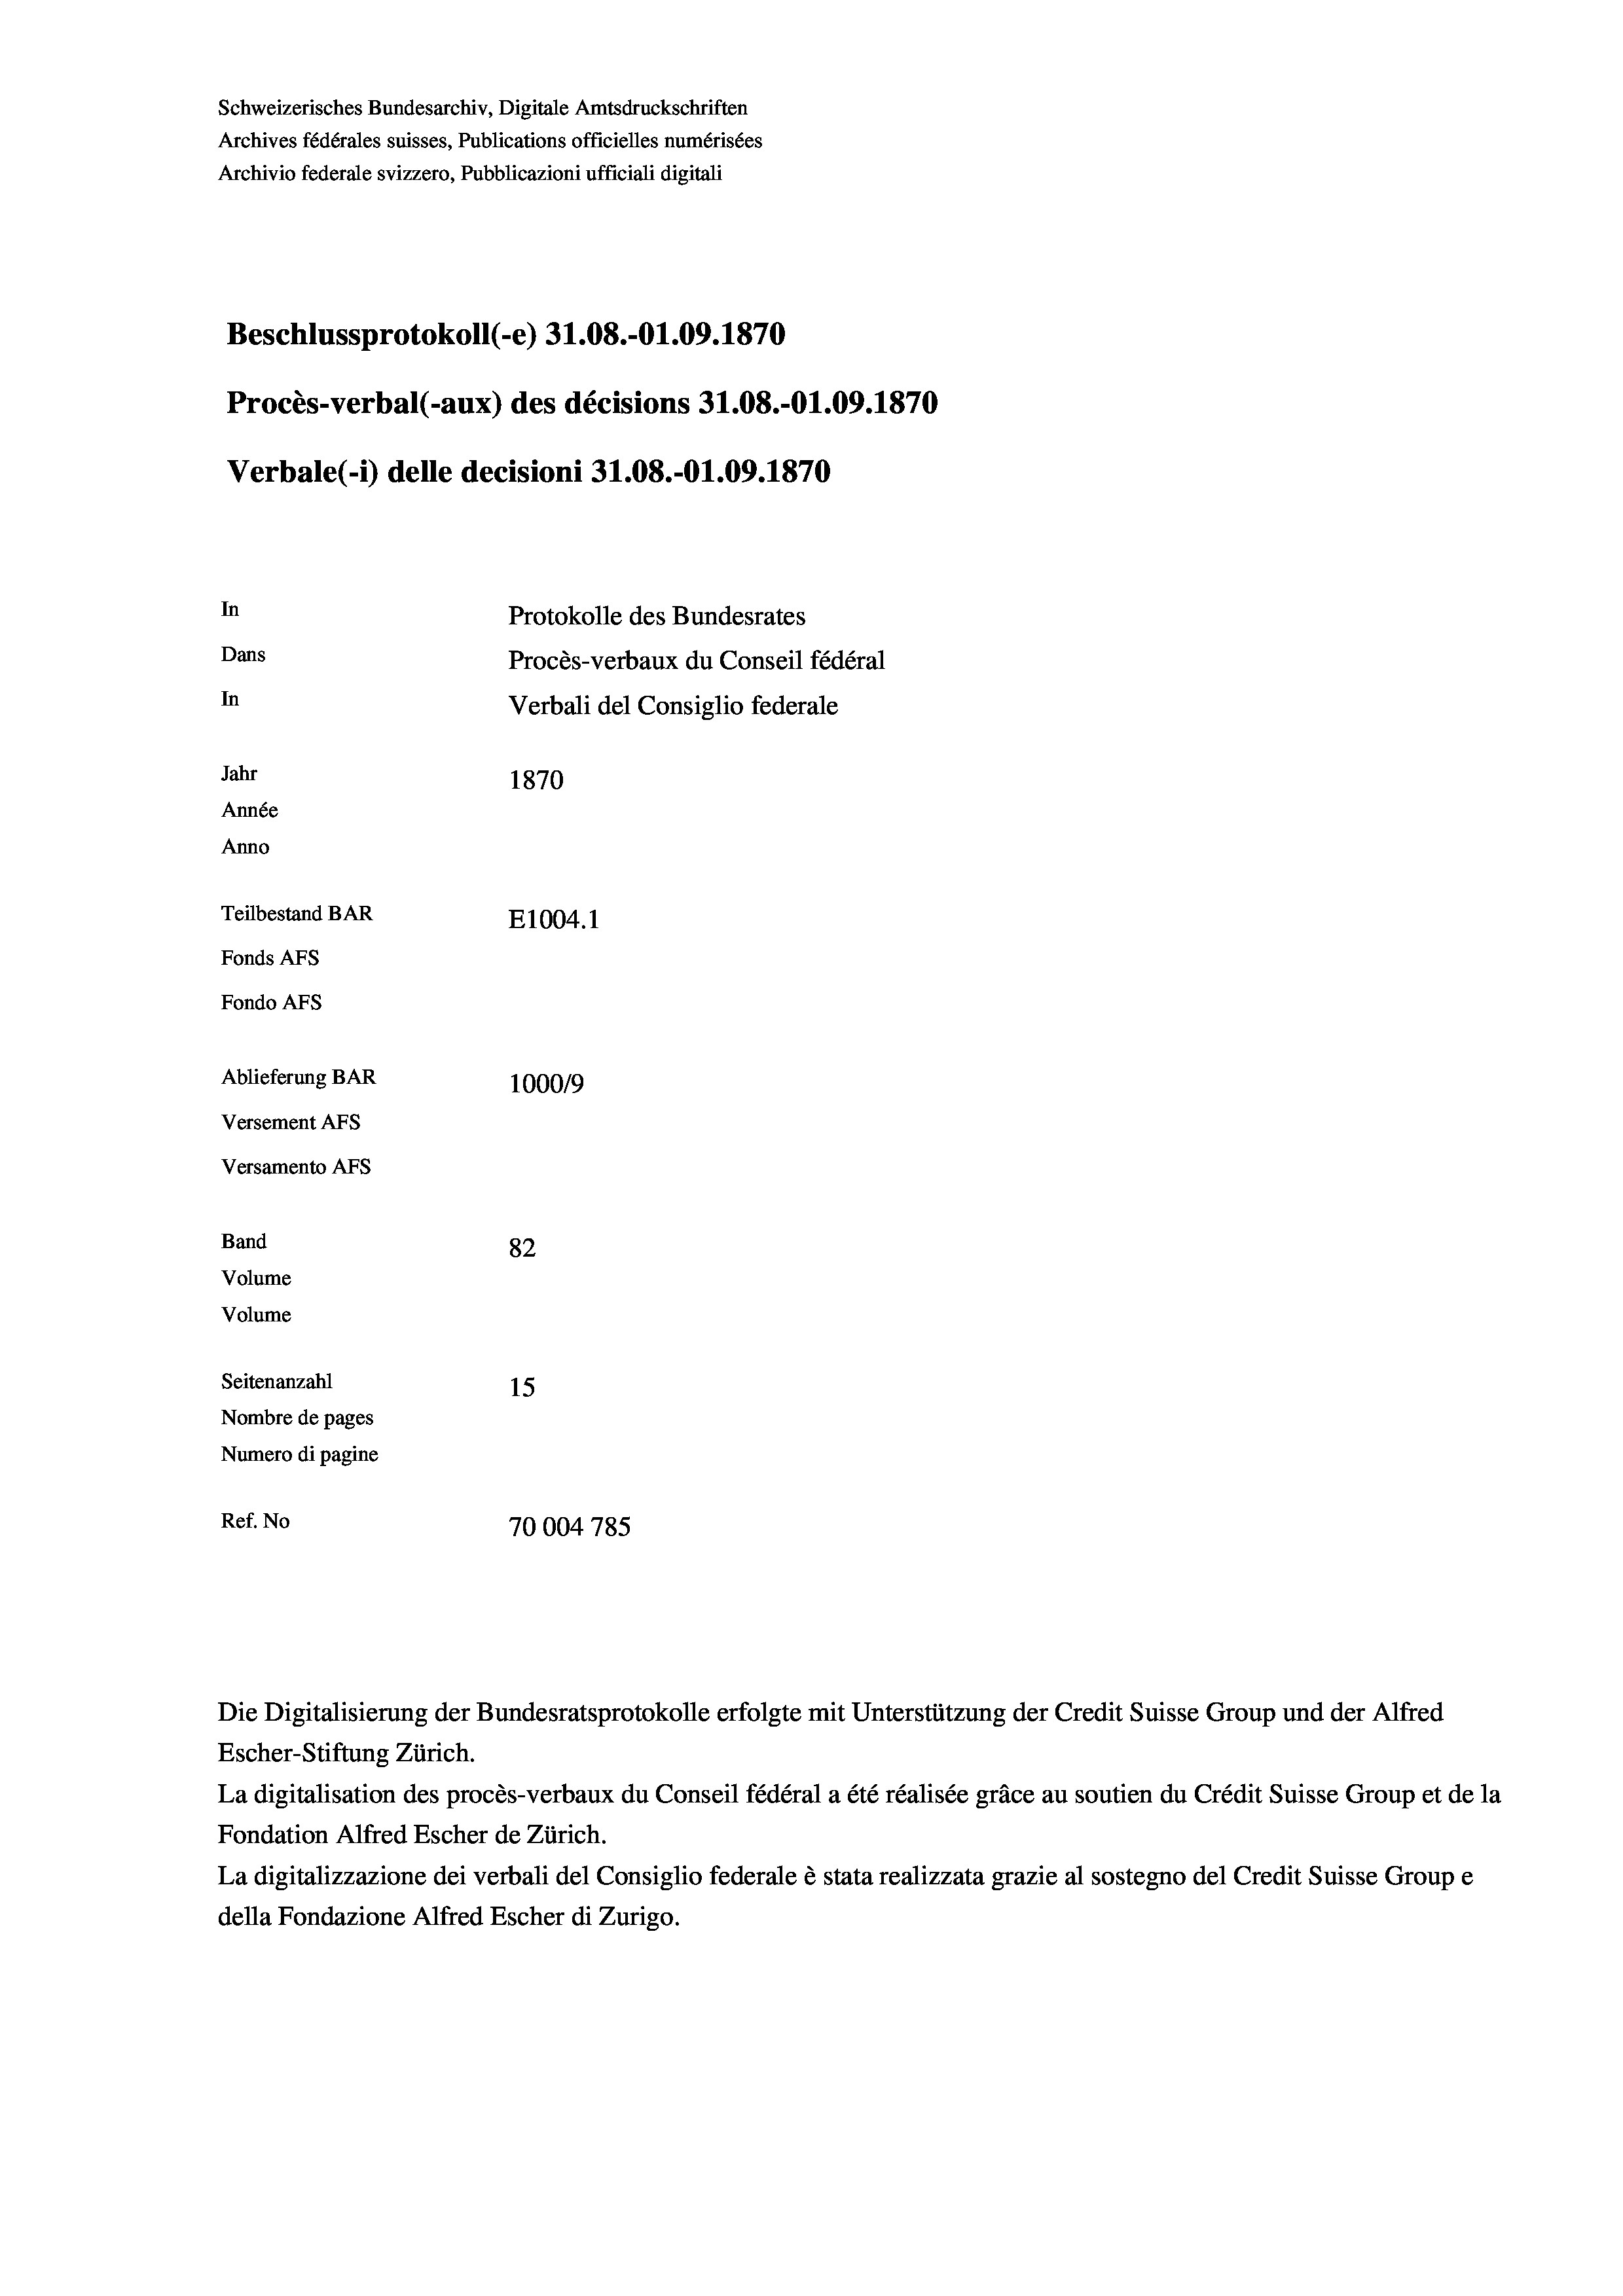
Schweizerisches Bundesarchiv, Digitale Amtsdruckschriften
Archives fédérales suisses, Publications officielles numérisées
Archivio federale svizzero, Pubblicazioni ufficiali digitali
Beschlussprotokoll (-e) 31.08.-O1.09. 1870
Procès-verbal (-aux) des décisions 31.08.-O1.09. 1870
Verbale(-*) delle decisioni 31.08.-O1.09. 1870
In
Protokolle des Bundesrates
Dans
Procès-verbaux du Conseil fédéral
In
Verbali del Consiglio federale
Jahr
1870
Année
Anno
Teilbestand BAR
E1004. 1
Fonds AFs
Fondo AFS
Ablieferung BAR
100019
Versement AFs
Versamento AFs
Band
82
Volume
Volume
Seitenanzahl
15

Nombre de pages
Numero di pagine
Ref. No
70004 785

Die Digitalisierung der Bundesratsprotokolle erfolgte mit Unterstützung der Credit Suisse Group und der Alfred
Escher-Stiftung Zürich.
La digitalisation des procès-verbaux du Conseil fédéral a été réalisée gräce au soutien du Crédit Suisse Group et de la
Fondation Alfred Escher de Zürich.
La digitalizzazione dei verbali del Consiglio federale è stata realizzata grazie al sostegno del Credit Suisse Groupe
della Fondazione Alfred Escher di Zurigo.